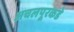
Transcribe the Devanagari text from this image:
अचलपूरकडे